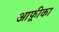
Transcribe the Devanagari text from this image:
आफ़्रीका